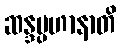
ဆန္ဒပ္ပဟာနာတိ